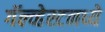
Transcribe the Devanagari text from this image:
गॅल्व्हेस्टनध्ये